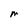
Character: M